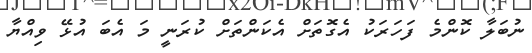
ނުބަލާ ކޮންމެ ފަހަރަކު އެގޮތަށް އެކަންތަށް ކުރަނީ މަ އެބަ އުޅޭ ވިއްޔާ